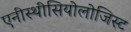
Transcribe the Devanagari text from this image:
एनीस्थीसियोलोजिस्ट